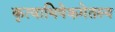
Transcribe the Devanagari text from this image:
कृत्वाभिषेकमेतस्य